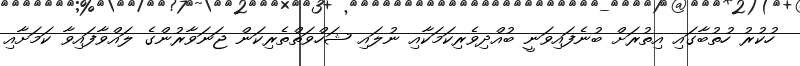
ހުކުރު ހުތުބާގައި އިތުރަށް ބުނެފައިވަނީ ބުއްދިވެރިކަމަކާއި ނުލައި ޝަހްވަތްތެރިކަން ޖަނަވާރުންގެ ލައްވާފައިވާ ކަމަށާއި